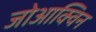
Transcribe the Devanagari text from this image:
जोआक्विन